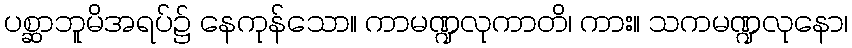
ပစ္ဆာဘူမိအရပ်၌ နေကုန်သော။ ကာမဏ္ဍလုကာတိ၊ ကား။ သကမဏ္ဍလုနော၊